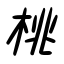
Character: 桃